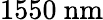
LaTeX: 1550~\mathrm{nm}